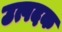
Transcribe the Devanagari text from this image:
उत्पदक